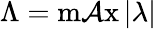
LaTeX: \Lambda=\operatorname*{m\mathcal{A}x}|\lambda|